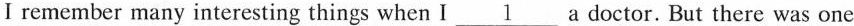
I remember many interesting things when I \underline{1} a doctor. But there was one